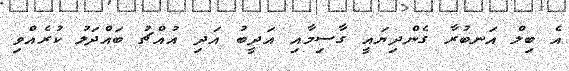
އެ ބިލް އަނބުރާ ގެންދިޔައީ ގާސިމާއި އަދީބު އަދި އުއްޗު ބައްދަލު ކުރެއްވި